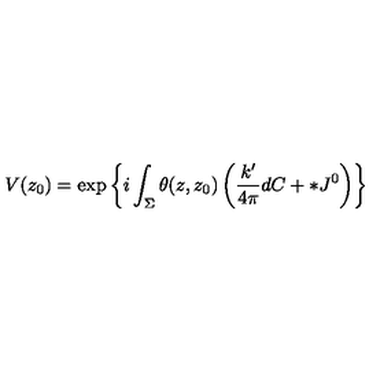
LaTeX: V ( z _ { 0 } ) = \exp \left\{ i \int _ { \Sigma } \theta ( z , z _ { 0 } ) \left( \frac { k ^ { \prime } } { 4 \pi } d C + * J ^ { 0 } \right) \right\}